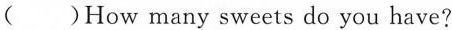
( )How many sweets do you have?